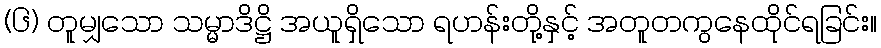
(၆) တူမျှသော သမ္မာဒိဋ္ဌိ အယူရှိသော ရဟန်းတို့နှင့် အတူတကွနေထိုင်ရခြင်း။